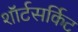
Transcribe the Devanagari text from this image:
शॉर्टसर्किट